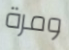
ومرة